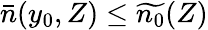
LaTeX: \bar{n}(y_{0},Z)\le\widetilde{n_{0}}(Z)